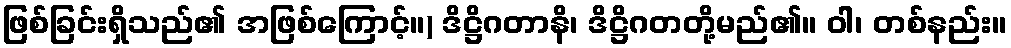
ဖြစ်ခြင်းရှိသည်၏ အဖြစ်ကြောင့်။) ဒိဋ္ဌိဂတာနိ၊ ဒိဋ္ဌိဂတတို့မည်၏။ ဝါ၊ တစ်နည်း။